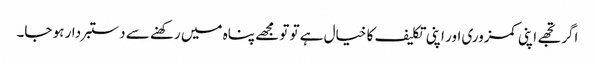
اگر تجھے اپنی کمزوری اور اپنی تکلیف کا خیال ہے تو تو مجھے پناہ میں رکھنے سے دستبردار ہو جا۔